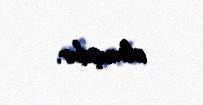
olmuşdur.